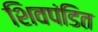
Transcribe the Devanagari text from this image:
शिवपंडित